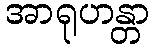
အာရုဟန္တာ